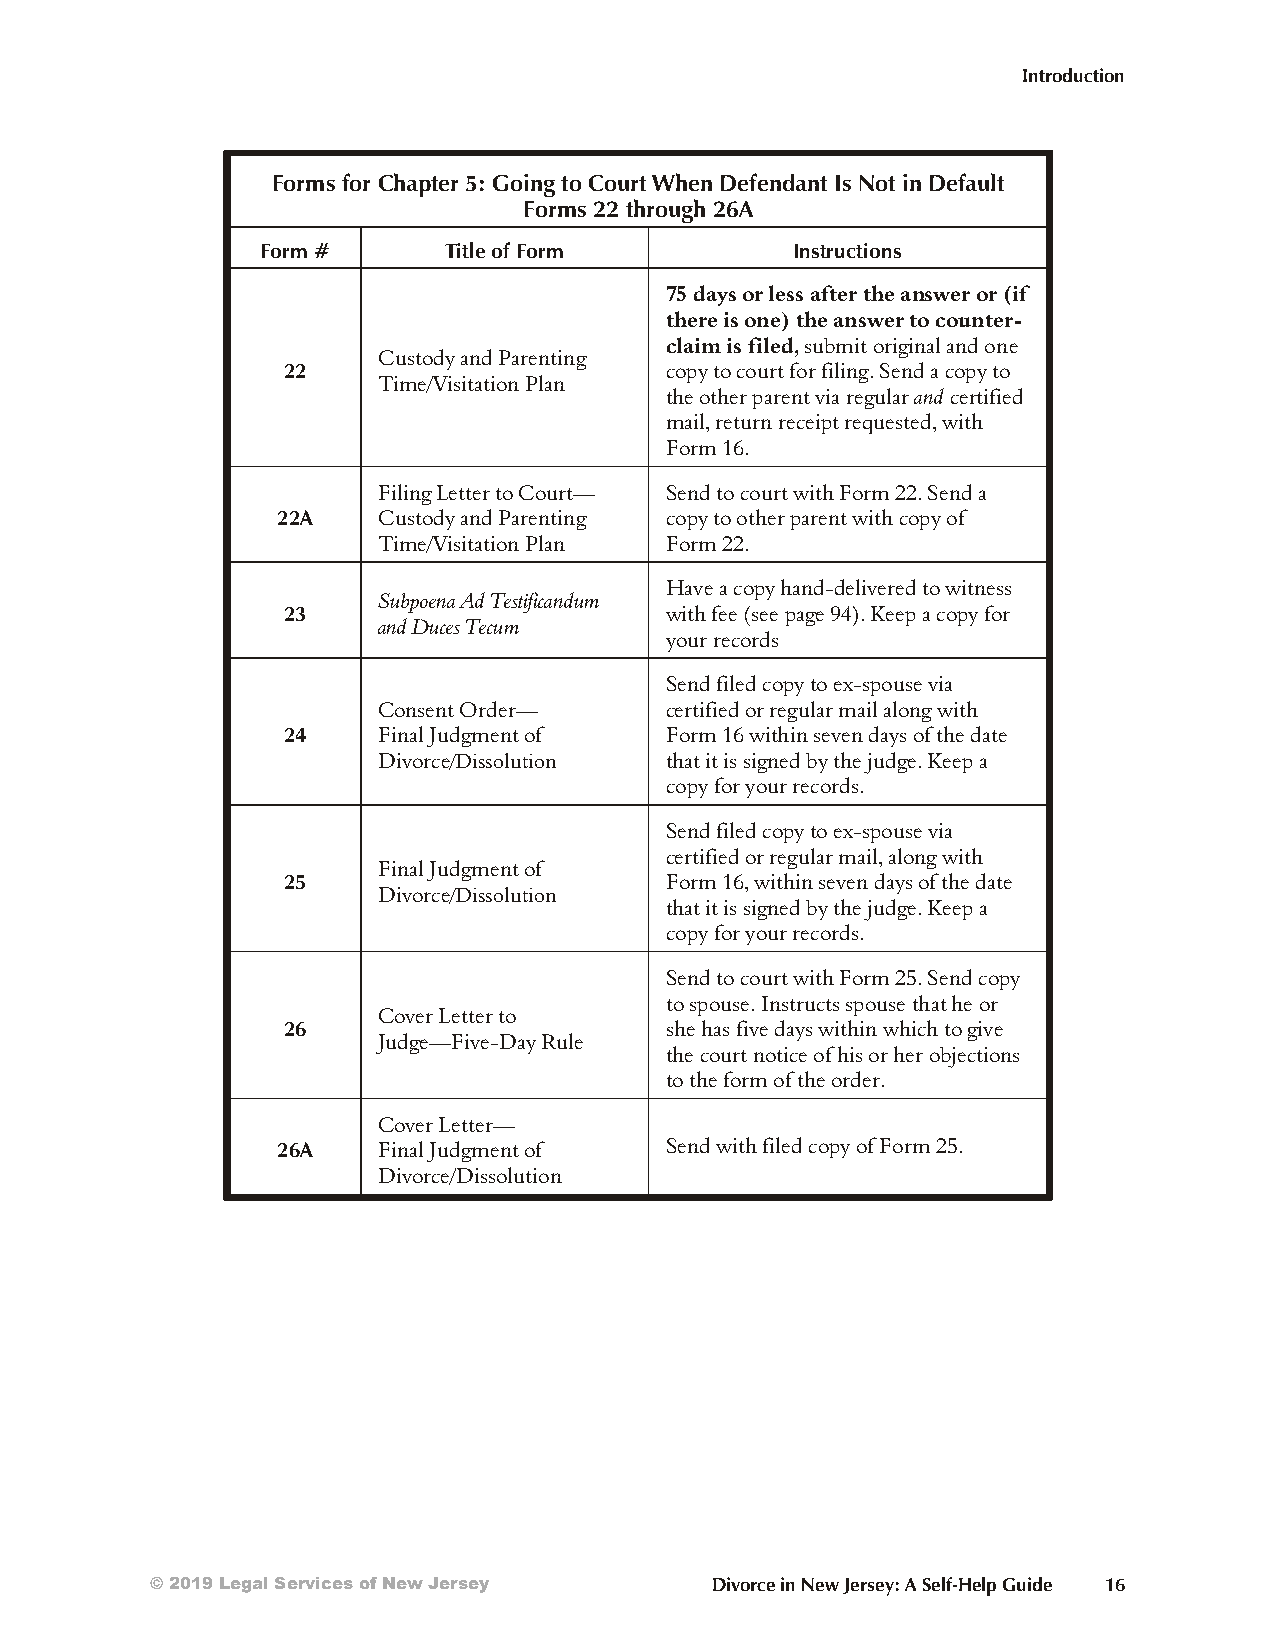
Introduction
 Forms for Chapter 5: Going to Court When Defendant Is Not in Default
 Forms 22 through 26A
 Form #      Title of Form          Instructions
 75 days or less af ter the an swer or (if
 there is one) the an swer to coun ter -
 claim is filed, sub mit orig in al and one
 Custody and Parenting
 22                       copy to court for fil ing. Send a copy to
 Time/Visitation Plan
 the other par ent via reg u lar and cer ti fied
 mail, re turn re ceipt re quested, with
 Form 16.
 Filing Letter to Court— Send to court with Form 22. Send a
 22A    Custody and Parenting copy to other parent with copy of
 Time/Visitation Plan Form 22.
 Have a copy hand-delivered to witness
 Subpoena Ad Testificandum
 23                       with fee (see page 94). Keep a copy for
 and Duces Tecum
 your records
 Send filed copy to ex-spouse via
 Consent Order—     certified or regular mail along with
 24    Final Judgment of  Form 16 within seven days of the date
 Divorce/Dissolution that it is signed by the judge. Keep a
 copy for your records.
 Send filed copy to ex-spouse via
 certified or regular mail, along with
 Final Judgment of
 25                       Form 16, within seven days of the date
 Divorce/Dissolution
 that it is signed by the judge. Keep a
 copy for your records.
 Send to court with Form 25. Send copy
 to spouse. Instructs spouse that he or
 Cover Letter to
 26                       she has five days within which to give
 Judge—Five-Day Rule
 the court notice of his or her objections
 to the form of the order.
 Cover Letter—
 26A    Final Judgment of  Send with filed copy of Form 25.
 Divorce/Dissolution
 © 2019 Legal Services of New Jersey  Divorce in New Jersey: A Self-Help Guide 16